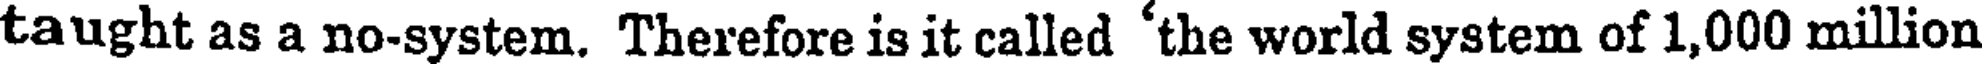
taught as a no-system. Therefore is it called 'the world system of 1,000 million